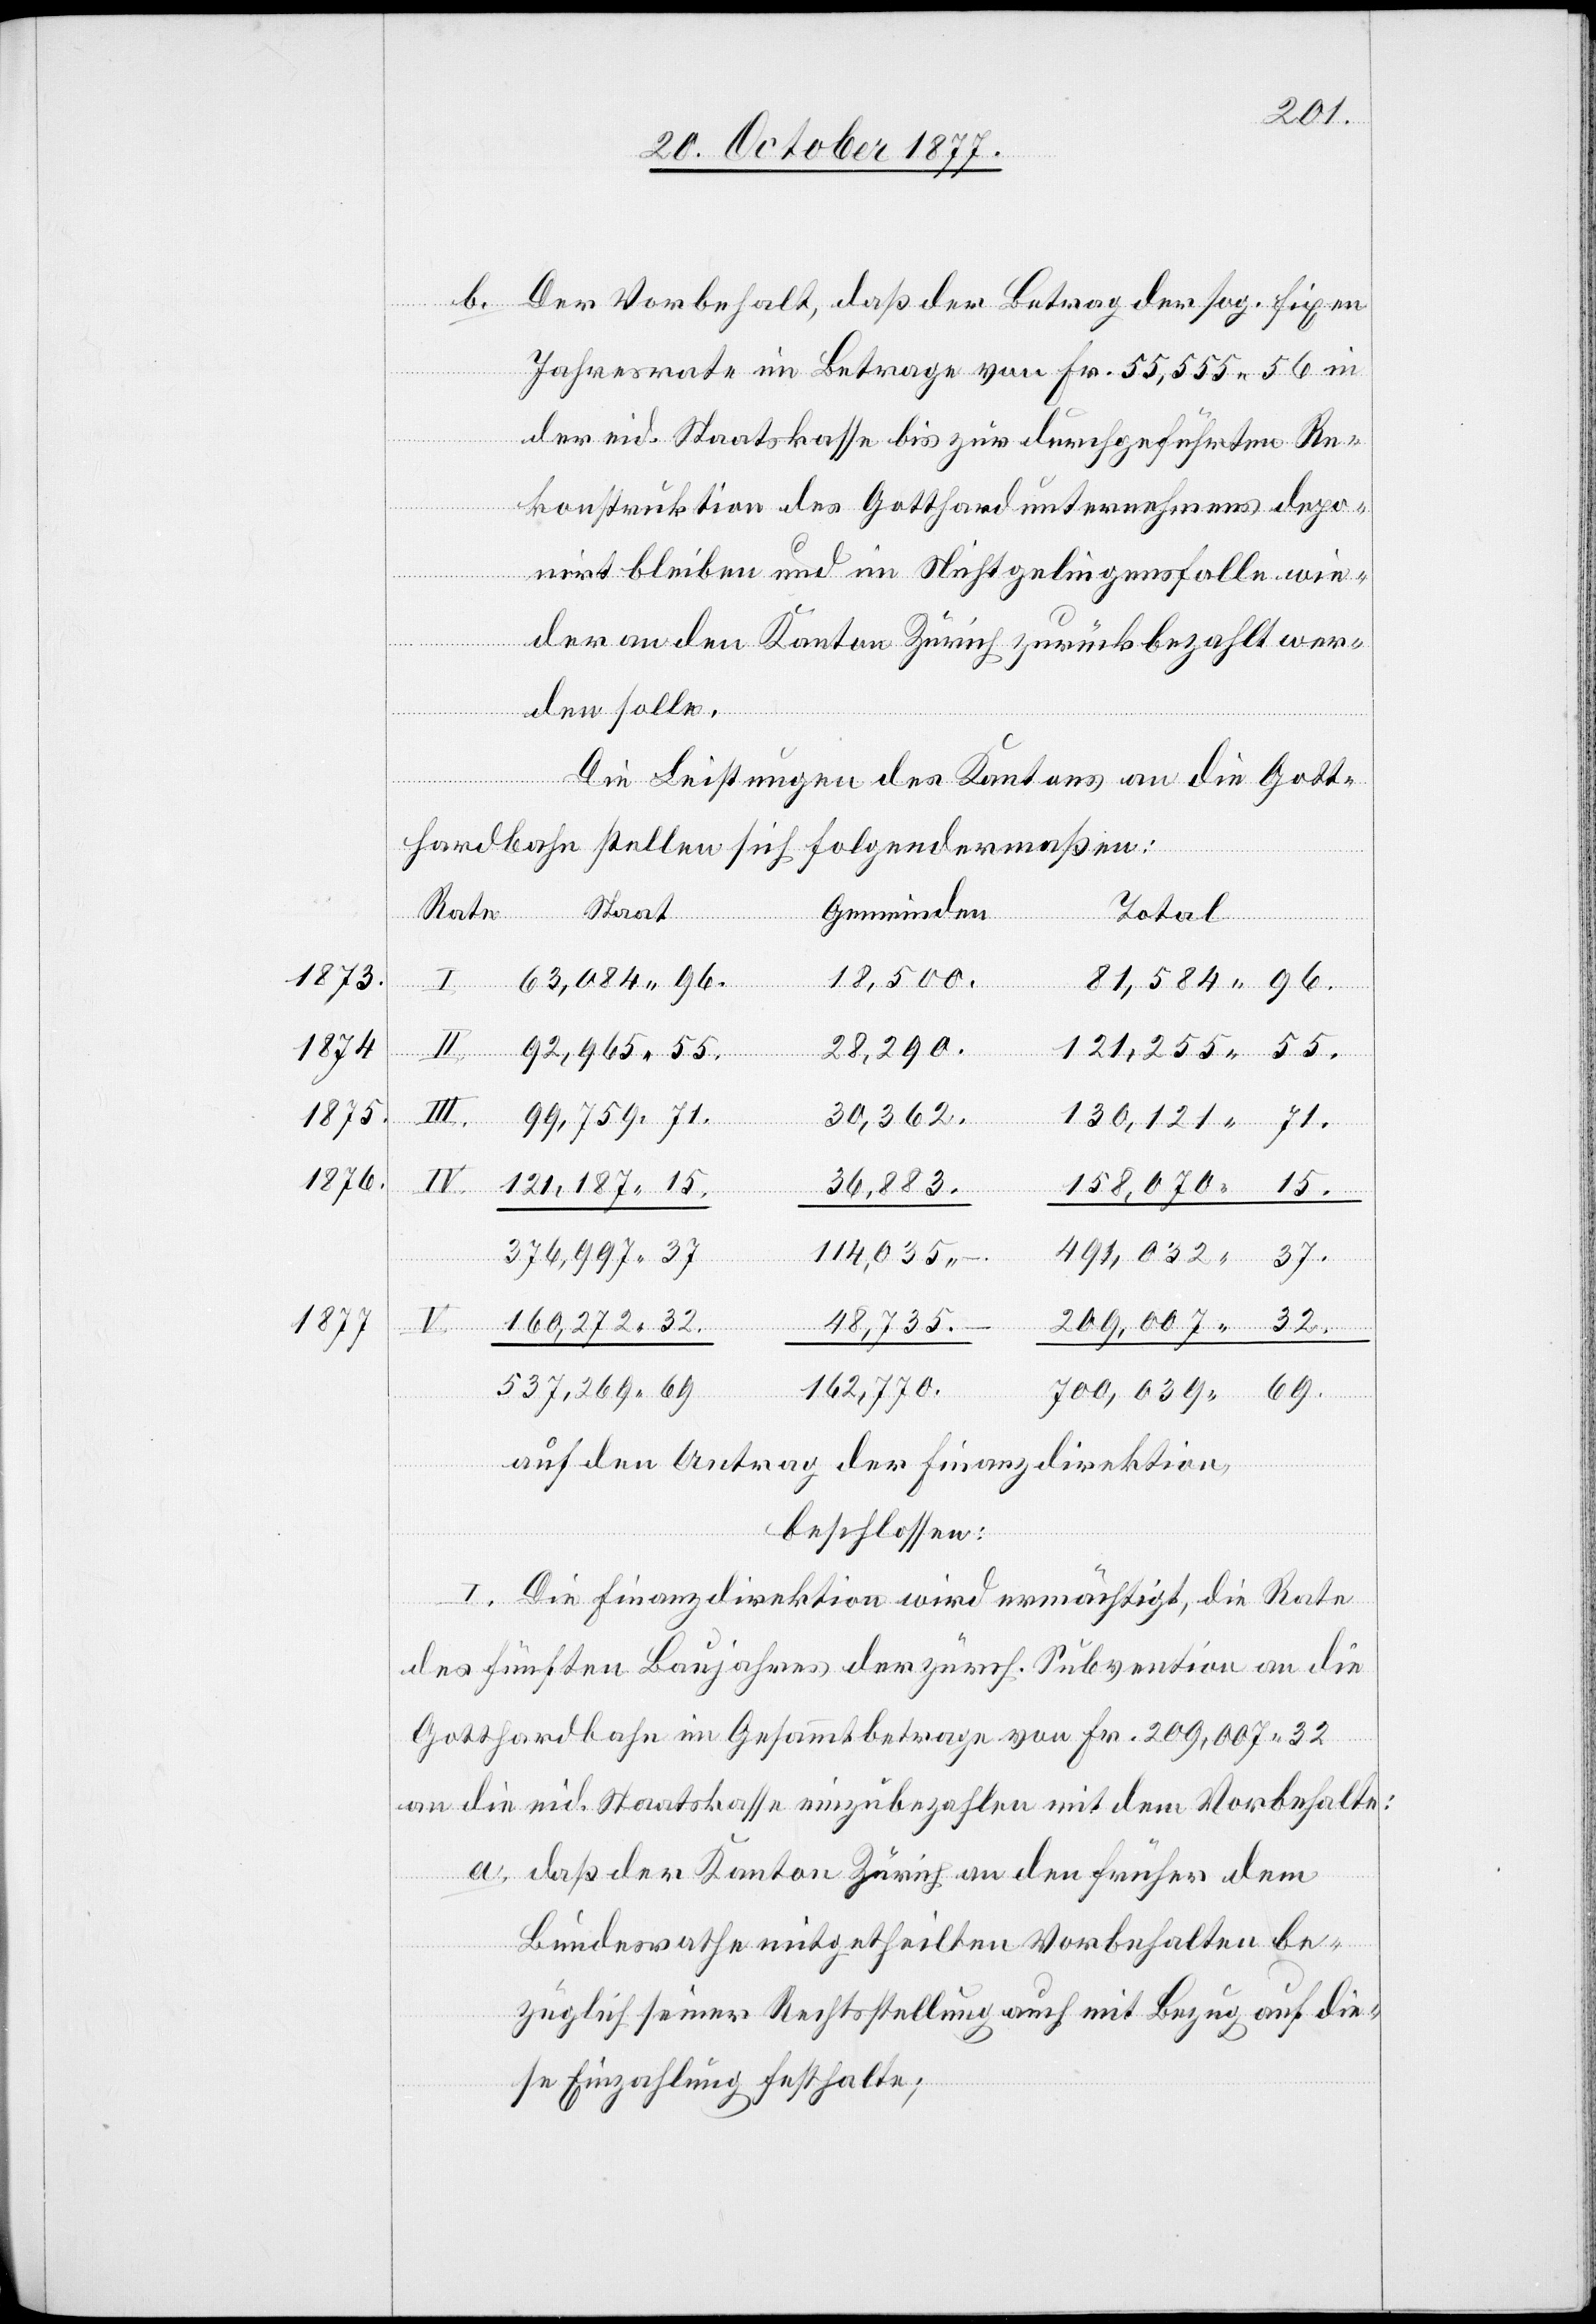
1873.
1874
1875.
1876.
1877

Der Vorbehalt, daß der Betrag der sog. fixen
Jahresrate im Betrage von Fr. 55,555 56 in
der eid. Staatskasse bis zur durchgeführten Re¬
konstruktion des Gotthardunternehmens depo¬
nirt bleiben und im Nichtgelingensfalle wie¬
der an den Kanton Zürich zurückbezahlt wer¬
den solle.
Die Leistungen des Kantons an die Gott¬
hardbahn stellen sich folgendermaßen:
–
Staat
Gemeinden
Total
18,500.
63,084 96.
81,584 96.
28,290.
121,255 55.
99,759 71.
30,362.
130,121 71.
IV.
121,187 15.
158,070
36,883.
15.
Rate
376,997 37
491,032 37.
114,035. –
32.
160,272 32.
209,007
48,735.
537,269 69
162,770.
69.
700,039
auf den Antrag der Finanzdirektion,
beschlossen:
I. Die Finanzdirektion wird ermächtigt, die Rate
des fünften Baujahres der zürch. Subvention an die
Gotthardbahn im Gesammtbetrage von Fr. 209,007 32
a.
an die eid. Staatskasse einzubezahlen mit dem Vorbehalte:
daß der Kanton Zürich an den früher dem
Bundesrathe mitgetheilten Vorbehalten be¬
züglich seiner Rechtsstellung auch mit Bezug auf die¬
se Einzahlung festhalte;